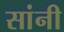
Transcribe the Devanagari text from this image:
सांनी